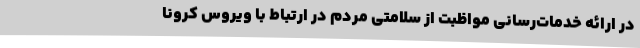
در ارائه خدمات‌رسانی مواظبت از سلامتی مردم در ارتباط با ویروس کرونا